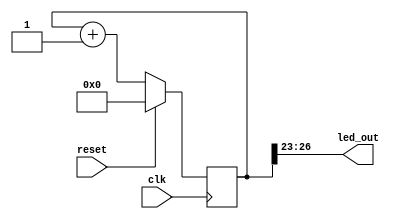
module led(
    input clk,
    input reset,
    output [3:0] led_out
    );
	 
	 reg [26:0] counter;
	 
	 always @(posedge clk)
		if(reset)
			counter <= 0;
		else
		counter <= counter + 1;
		
	 assign led_out = counter[26:23];
	 //assign led_out = counter[3:0];

endmodule